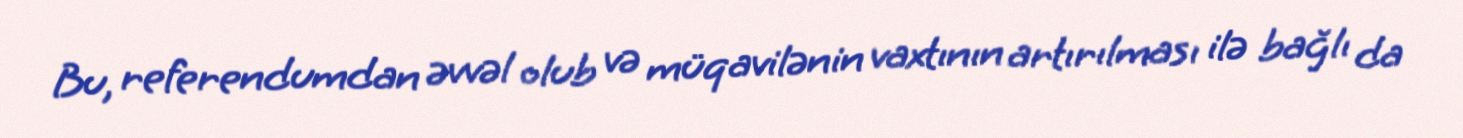
Bu, referendumdan əvvəl olub və müqavilənin vaxtının artırılması ilə bağlı da